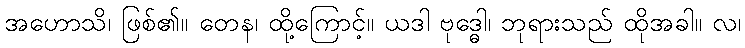
အဟောသိ၊ ဖြစ်၏။ တေန၊ ထို့ကြောင့်။ ယဒါ ဗုဒ္ဓေါ၊ ဘုရားသည် ထိုအခါ။ လ၊